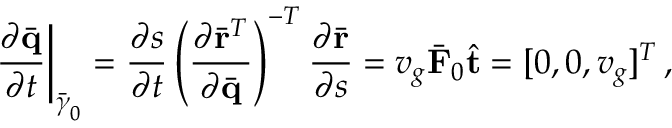
\left. \frac { \partial \bar { \bf q } } { \partial t } \right| _ { \bar { \boldsymbol { \gamma } } _ { 0 } } = \frac { \partial s } { \partial t } \left( \frac { \partial \bar { \bf r } ^ { T } } { \partial \bar { \bf q } } \right) ^ { - T } \frac { \partial \bar { \bf r } } { \partial s } = v _ { g } \bar { \bf F } _ { 0 } \hat { \bf t } = [ 0 , 0 , v _ { g } ] ^ { T } \, ,